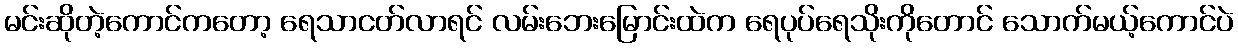
မင်းဆိုတဲ့ကောင်ကတော့ ရေသာငတ်လာရင် လမ်းဘေးမြောင်းထဲက ရေပုပ်ရေသိုးကိုတောင် သောက်မယ့်ကောင်ပဲ